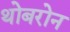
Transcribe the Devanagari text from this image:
थोबरोन